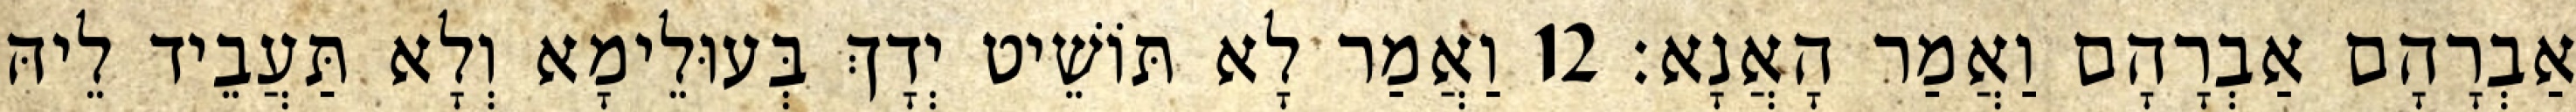
אַבְרָהָם אַבְרָהָם וַאֲמַר הָאֲנָא׃ 12 וַאֲמַר לָא תּוֹשֵׁיט יְדָךְ בְּעוּלֵימָא וְלָא תַּעֲבֵיד לֵיהּ